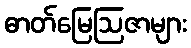
ဓာတ်မြေဩဇာများ